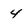
Character: 4